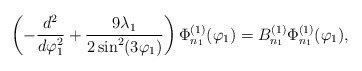
\begin{align*}\left( -\frac{d^{2}}{d\varphi_1 ^{2}}+\frac{9\lambda_1 }{2\sin^{2}(3\varphi_1 )}\right) \Phi_{n_1}^{(1)} (\varphi_1 )=B_{n_1}^{(1)} \Phi_{n_1}^{(1)} (\varphi_1 ), \end{align*}